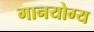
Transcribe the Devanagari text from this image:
गानयोग्य